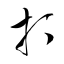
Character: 打